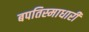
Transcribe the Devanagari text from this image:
बपतिस्माधारी